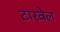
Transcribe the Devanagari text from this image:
टारवेल